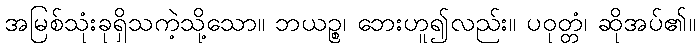
အမြစ်သုံးခုရှိသကဲ့သို့သော။ ဘယဉ္စ၊ ဘေးဟူ၍လည်း။ ပဝုတ္တံ၊ ဆိုအပ်၏။